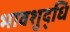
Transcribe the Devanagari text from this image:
भावशुद्धि